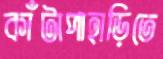
কাঁটাপাহাড়িতে